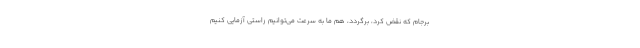
برجام که نقض کرد، برگردد، هم ما به سرعت می‌توانیم راستی آزمایی کنیم